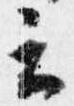
云